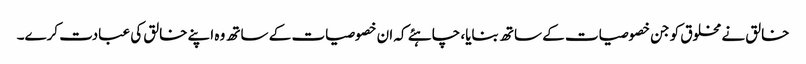
خالق نے مخلوق کو جن خصوصیات کے ساتھ بنایا، چاہئے کہ ان خصوصیات کے ساتھ وہ اپنے خالق کی عبادت کرے۔